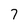
Character: 7